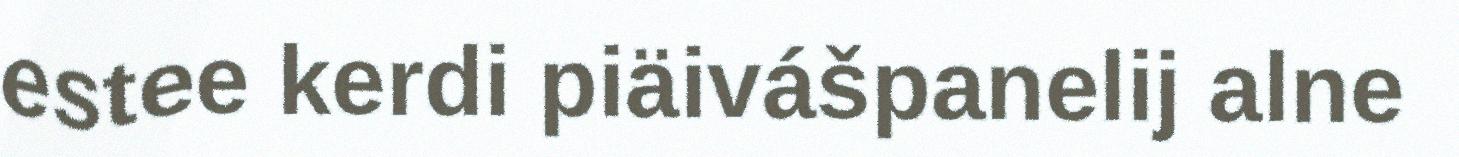
estee kerdi piäivášpanelij alne